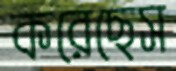
করেছেস